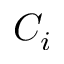
C _ { i }